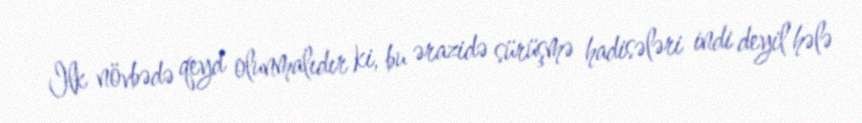
Ilk növbədə qeyd olunmalıdır ki, bu ərazidə sürüşmə hadisələri indi deyil hələ